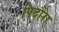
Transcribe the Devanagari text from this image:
पिदौरा